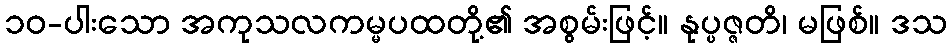
၁၀-ပါးသော အကုသလကမ္မပထတို့၏ အစွမ်းဖြင့်။ နုပ္ပဇ္ဇတိ၊ မဖြစ်။ ဒသ